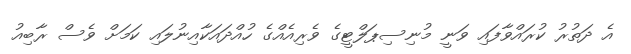
އެ ދަތުރު ކުރައްވާފައި ވަނީ މުނިސިޕަލްޓީގެ ވެރިއެއްގެ ހުއްދައަކާއިނުލައި ކަމަށް ވެސް ރާބިއު